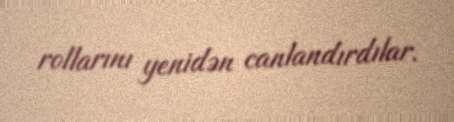
rollarını yenidən canlandırdılar.